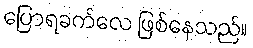
ပြောရခက်လေ ဖြစ်နေသည်။